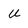
Character: U